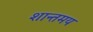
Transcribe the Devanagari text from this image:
शान्तमय